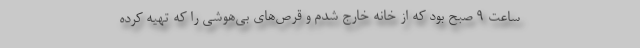
ساعت 9 صبح بود که از خانه خارج شدم و قرص‌های بی‌هوشی را که تهیه کرده